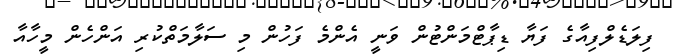
ފިލަޑެލްފިއާގެ ފަޔާ ޑިޕާޓްމަންޓުން ވަނީ އެންމެ ފަހުން މި ސަލާމަތްކުރި އަންހެން މީހާއާ